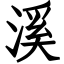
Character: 溪